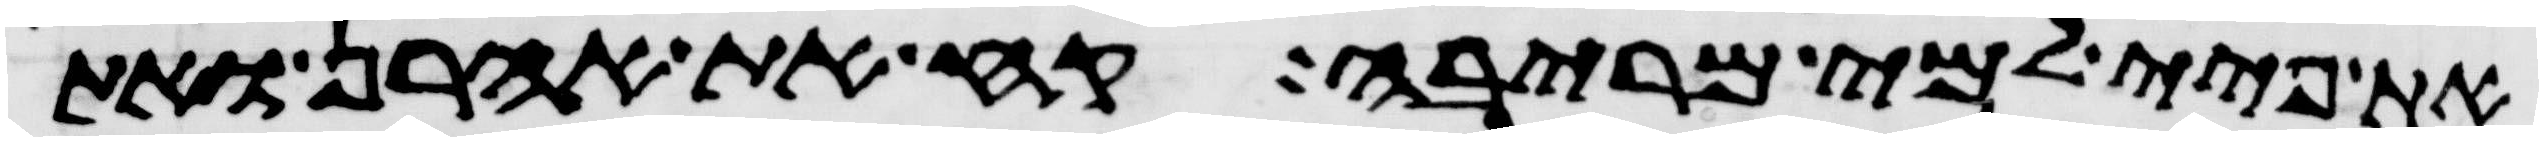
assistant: את פיי למי מריבה קח את אהרן ואת